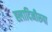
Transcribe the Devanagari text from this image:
ह्लादिनीरूपा